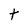
Character: t